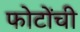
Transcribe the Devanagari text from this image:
फोटोंची